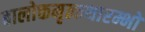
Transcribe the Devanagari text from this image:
बालोक्तमृत्कथारम्भो